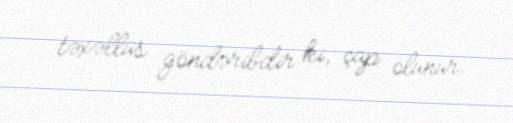
təxəllüs göndəribdir ki, çap olunur.